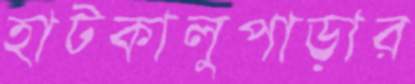
হাটকালুপাড়ার